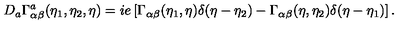
D _ { a } \Gamma _ { \alpha \beta } ^ { a } ( \eta _ { 1 } , \eta _ { 2 } , \eta ) = i e \left[ \Gamma _ { \alpha \beta } ( \eta _ { 1 } , \eta ) \delta ( \eta - \eta _ { 2 } ) - \Gamma _ { \alpha \beta } ( \eta , \eta _ { 2 } ) \delta ( \eta - \eta _ { 1 } ) \right] .